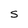
Character: s